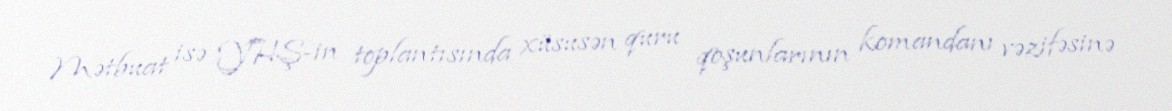
Mətbuat isə YHŞ-in toplantısında xüsusən quru qoşunlarının komandanı vəzifəsinə